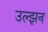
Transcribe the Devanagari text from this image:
उल्झन